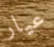
عيار